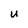
Character: U